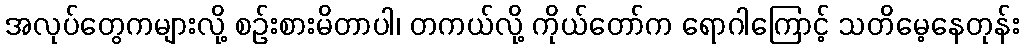
အလုပ်တွေကများလို့ စဉ်းစားမိတာပါ၊ တကယ်လို့ ကိုယ်တော်က ရောဂါကြောင့် သတိမေ့နေတုန်း